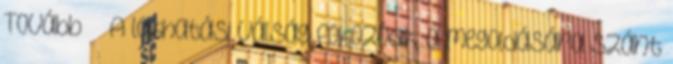
Tovább › ›A lakhatási válság fokozódik, a megoldására szánt